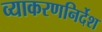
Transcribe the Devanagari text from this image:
व्याकरणनिर्देश